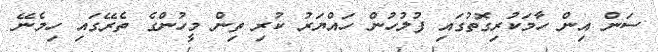
ސަން އިން ހާމަކުރިގޮތުގައި ފުލުހުން ހައްޔަރު ކުރި ތިން މީހުންގެ ތެރޭގައި ހިމެނޭ